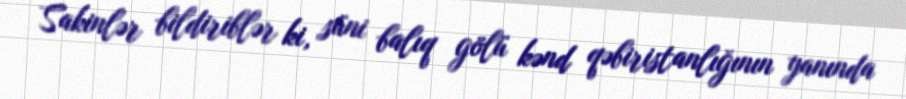
Sakinlər bildiriblər ki, süni balıq gölü kənd qəbiristanlığının yanında